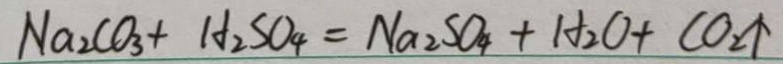
N a _ { 2 } C O _ { 3 } + H _ { 2 } S O _ { 4 } = N a _ { 2 } S O _ { 4 } + H _ { 2 } O + C O _ { 2 } \uparrow